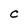
Character: C